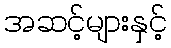
အဆင့်များနှင့်